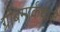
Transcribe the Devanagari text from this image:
ग्रोबमार्कथाले